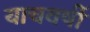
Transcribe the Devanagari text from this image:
याचवर्षी